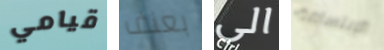
قيامي بعنف الى الإبتسامة